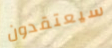
سيعتقدون